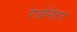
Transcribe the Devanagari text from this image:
रेजोनेटर